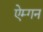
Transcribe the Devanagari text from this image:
ऐम्गन